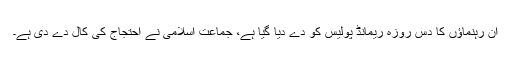
ان رہنماؤں کا دس روزہ ریمانڈ پولیس کو دے دیا گیا ہے، جماعت اسلامی نے احتجاج کی کال دے دی ہے۔